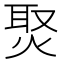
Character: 㷅